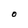
Character: O